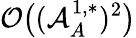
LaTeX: \mathcal{O}\big((\mathcal{A}_{A}^{1,*})^{2}\big)